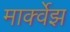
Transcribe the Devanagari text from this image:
मार्क्वेझ